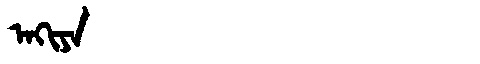
Manchu: ᠠᡴᡳᠶᠠ
Romanization: AKIYA